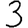
Digit: 3